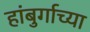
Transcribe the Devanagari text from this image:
हांबुर्गाच्या